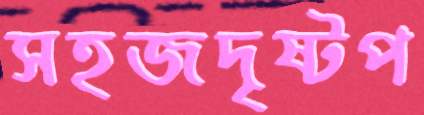
সহজদৃষ্টপ